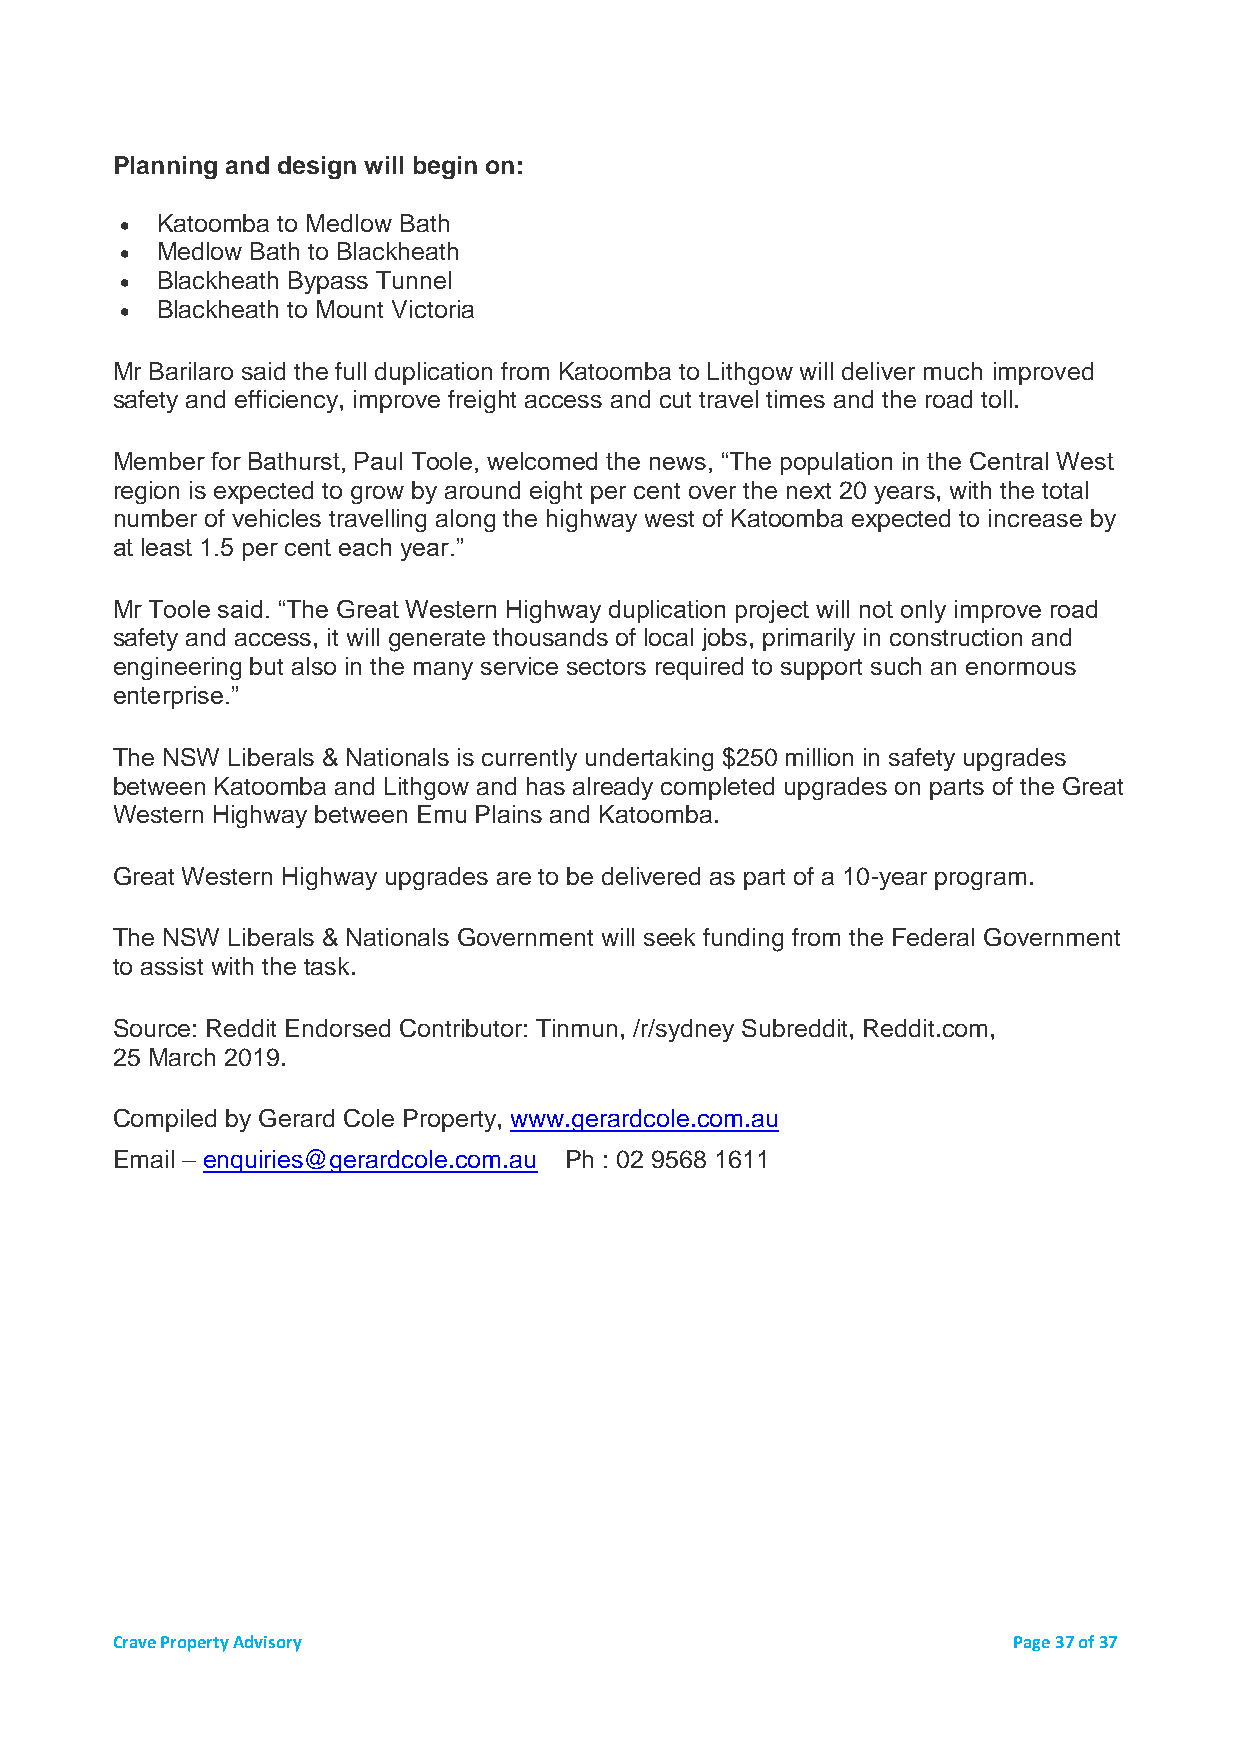
Planning and design will begin on:
 • Katoomba to Medlow Bath
 • Medlow Bath to Blackheath
 • Blackheath Bypass Tunnel
 • Blackheath to Mount Victoria
 Mr Barilaro said the full duplication from Katoomba to Lithgow will deliver much improved
 safety and efficiency, improve freight access and cut travel times and the road toll.
 Member for Bathurst, Paul Toole, welcomed the news, “The population in the Central West
 region is expected to grow by around eight per cent over the next 20 years, with the total
 number of vehicles travelling along the highway west of Katoomba expected to increase by
 at least 1.5 per cent each year.”
 Mr Toole said. “The Great Western Highway duplication project will not only improve road
 safety and access, it will generate thousands of local jobs, primarily in construction and
 engineering but also in the many service sectors required to support such an enormous
 enterprise.”
 The NSW Liberals & Nationals is currently undertaking $250 million in safety upgrades
 between Katoomba and Lithgow and has already completed upgrades on parts of the Great
 Western Highway between Emu Plains and Katoomba.
 Great Western Highway upgrades are to be delivered as part of a 10-year program.
 The NSW Liberals & Nationals Government will seek funding from the Federal Government
 to assist with the task.
 Source: Reddit Endorsed Contributor: Tinmun, /r/sydney Subreddit, Reddit.com,
 25 March 2019.
 Compiled by Gerard Cole Property, www.gerardcole.com.au
 Email – enquiries@gerardcole.com.au Ph : 02 9568 1611
 Crave Property Advisory                                     Page 37 of 37